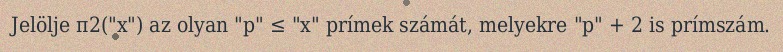
Jelölje π2("x") az olyan "p" ≤ "x" prímek számát, melyekre "p" + 2 is prímszám.